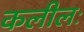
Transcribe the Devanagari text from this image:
कलीलः